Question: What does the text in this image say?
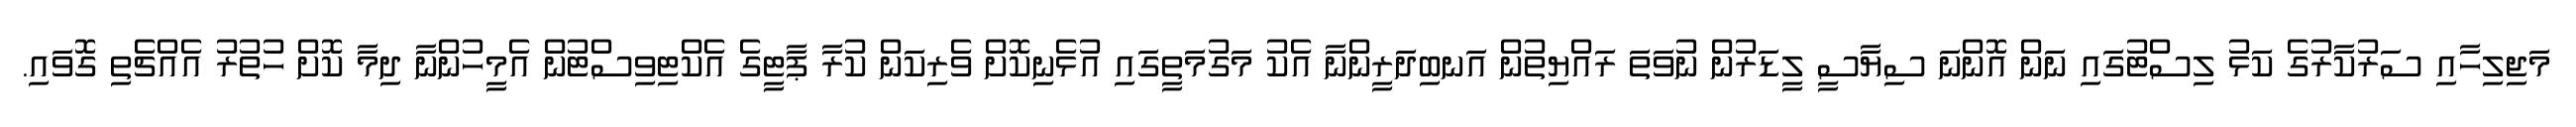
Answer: މަޖިލިހާއި ސަރުކާރުގެ ކަޅު ލިސްޓުގައި ނަން އޮންނަ ސިޔާސީ ލީޑަރުން ނުވަތަ ރައްޔިތުން އަނބިދަރީންނާ އެކު މަގުމަތީގައި އުޅެނިކޮށް ވެރިކަން ކުރާ ޕާޓީގެ އެކްޓިވިސްޓުން އެމީހުންނާ ދިމާ ކޮށް ހުތުރު އެއްޗެތި ގޮވައި.